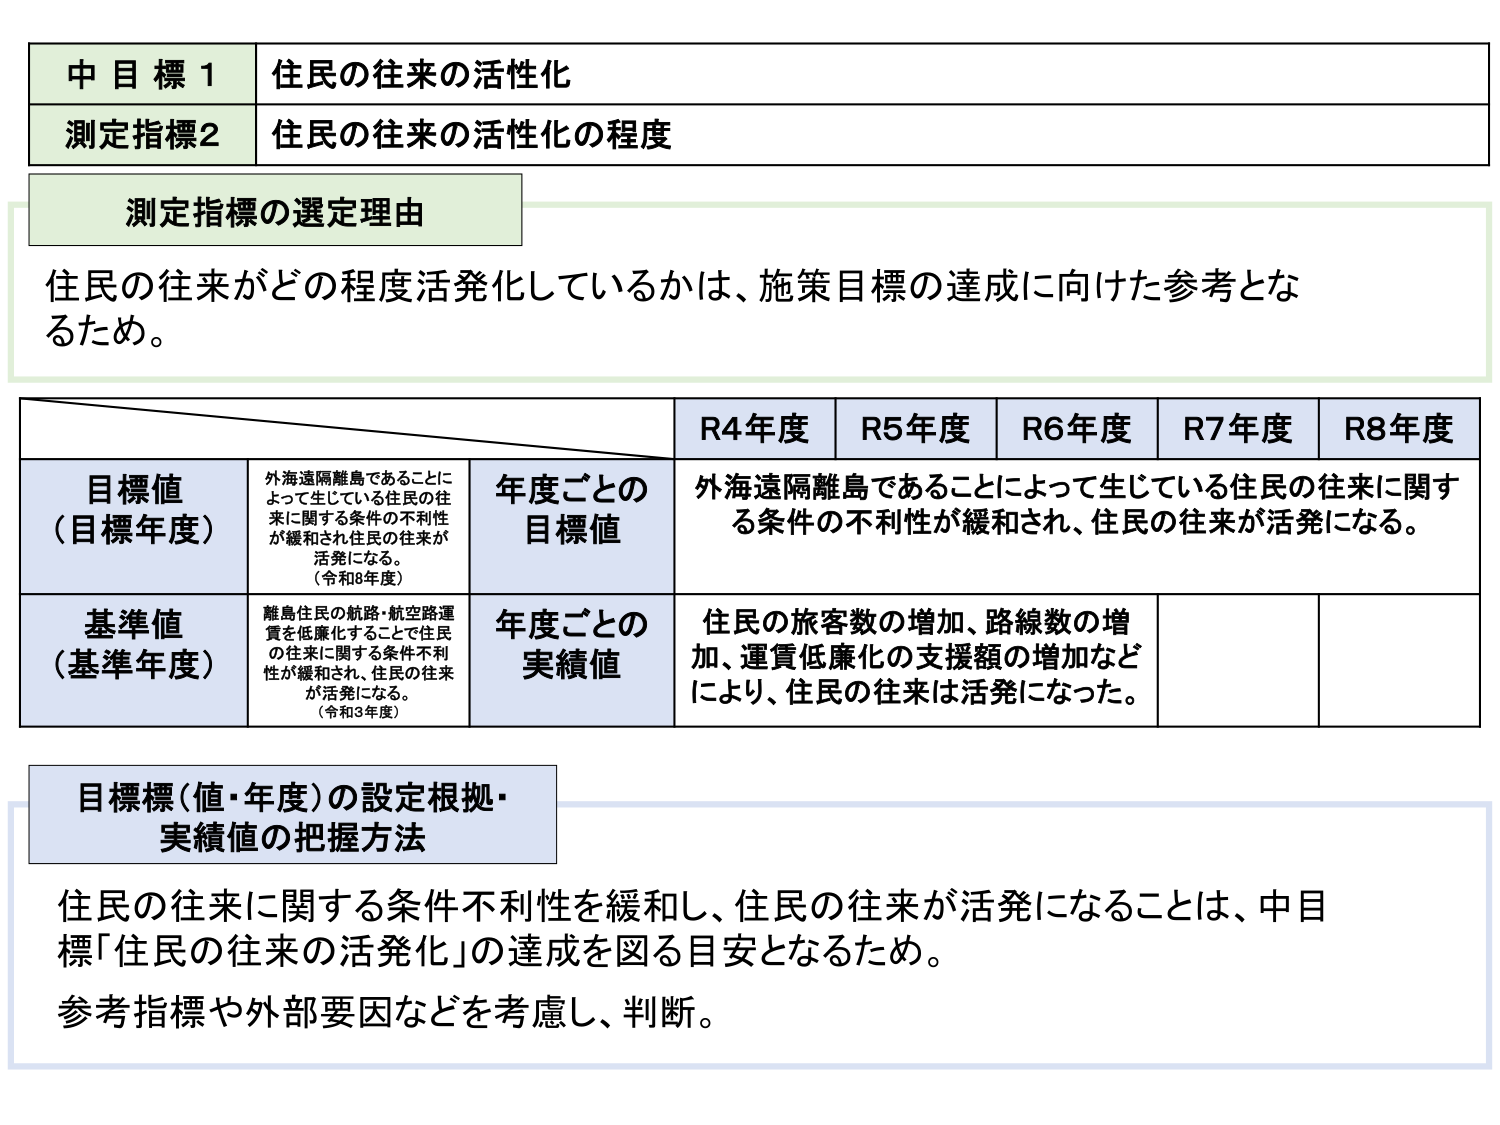
中目標1 住民の往来の活性化
測定指標2 住民の往来の活性化の程度

測定指標の選定理由
住民の往来がどの程度活発化しているかは、施策目標の達成に向けた参考となるため。

R4年度 R5年度 R6年度 R7年度 R8年度
目標値（目標年度） 外海遠隔離島であることによって生じている住民の往来に関する条件の不利性が緩和され住民の往来が活発になる。（令和8年度） 年度ごとの目標値 外海遠隔離島であることによって生じている住民の往来に関する条件の不利性が緩和され、住民の往来が活発になる。
基準値（基準年度） 離島住民の航路・航空路運賃を低廉化することで住民の往来に関する条件不利性が緩和され、住民の往来が活発になる。（令和3年度） 年度ごとの実績値 住民の旅客数の増加、路線数の増加、運賃低廉化の支援額の増加などにより、住民の往来は活発になった。

目標値（値・年度）の設定根拠・実績値の把握方法
住民の往来に関する条件不利性を緩和し、住民の往来が活発になることは、中目標「住民の往来の活発化」の達成を図る目安となるため。
参考指標や外部要因などを考慮し、判断。